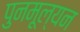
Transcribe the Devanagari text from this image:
पुनमूल्यन